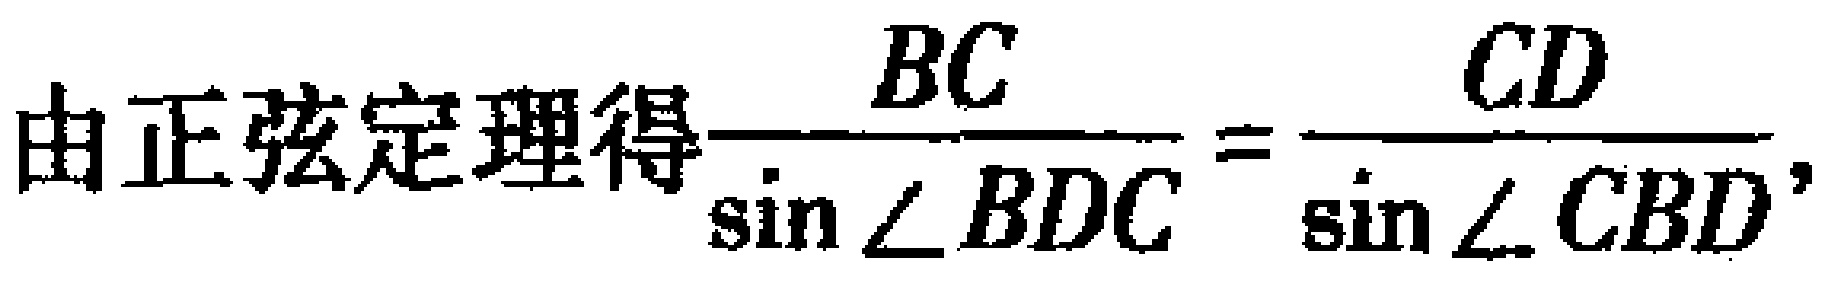
由正弦定理得$\dfrac{BC}{\sin\angle BDC}=\dfrac{CD}{\sin\angle CBD}$，